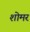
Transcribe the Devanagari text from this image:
शोमर